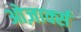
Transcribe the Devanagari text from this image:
ओज़ार्क्स